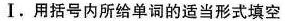
Ⅰ. 用括号内所给单词的适当形式填空